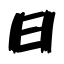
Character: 日